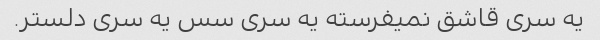
یه سری قاشق نمیفرسته یه سری سس یه سری دلستر.